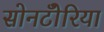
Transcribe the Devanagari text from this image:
सोनटोँरिया